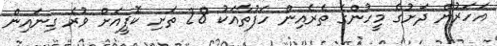
އަހަރުން ދަށުގެ މީހުންގެ ތެރެއިން ހަފުތާއަކު 28 ތަށި ކޮފީއަށް ވުރެ ގިނައިން